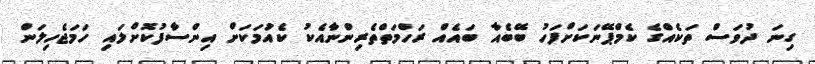
ގިނަ ދުވަސް ތަކެއްގެ ކެމްޕޭނަކަށްފަހު ބޭބެއާ ބައެއް ރަހްމަތްތެރިންނާއެކު ކެއުަމަކަށް އިންސާފުކޮށްލައި ހަމަޖެހިލަން